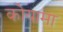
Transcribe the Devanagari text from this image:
कोयामा